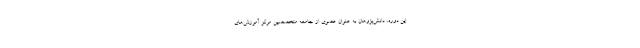
این دوره، دانش‌پژوهان به عنوان عضوی از جامعه متخصصین مرکز آموزش‌های